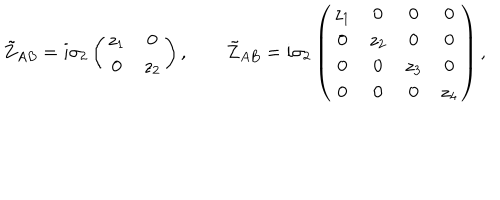
\tilde { Z } _ { A B } = i \sigma _ { 2 } \left( \begin{matrix} { { z _ { 1 } } } & { { 0 } } \\ { { 0 } } & { { z _ { 2 } } } \\ \end{matrix} \right) , \qquad \tilde { Z } _ { A B } = i \sigma _ { 2 } \left( \begin{matrix} { { z _ { 1 } } } & { { 0 } } & { { 0 } } & { { 0 } } \\ { { 0 } } & { { z _ { 2 } } } & { { 0 } } & { { 0 } } \\ { { 0 } } & { { 0 } } & { { z _ { 3 } } } & { { 0 } } \\ { { 0 } } & { { 0 } } & { { 0 } } & { { z _ { 4 } } } \\ \end{matrix} \right) ,